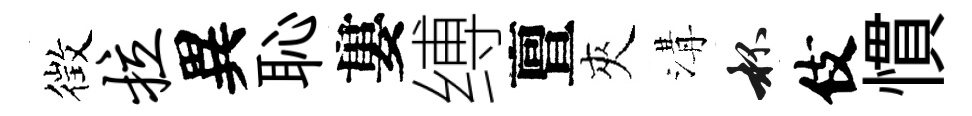
徴拉異恥婁缚亶夾溝杯伎慣